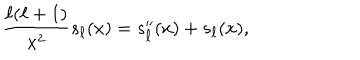
LaTeX: { \frac { \ell ( \ell + 1 ) } { x ^ { 2 } } } s _ { \ell } ( x ) = s _ { \ell } ^ { \prime \prime } ( x ) + s _ { \ell } ( x ) ,